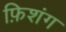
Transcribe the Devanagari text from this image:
फ़िशंग